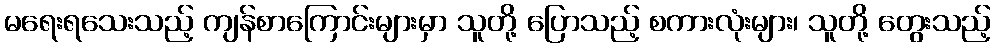
မရေးရသေးသည့် ကျန်စာကြောင်းများမှာ သူတို့ ပြောသည့် စကားလုံးများ၊ သူတို့ တွေးသည့်